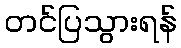
တင်ပြသွားရန်